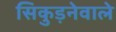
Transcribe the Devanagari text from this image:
सिकुड़नेवाले